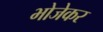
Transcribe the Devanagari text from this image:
भोजेकर